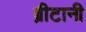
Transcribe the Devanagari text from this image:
ब्रीटानी